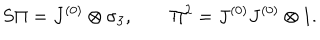
LaTeX: S \Pi = J ^ { ( 0 ) } \otimes \sigma _ { 3 } , \qquad \Pi ^ { 2 } = J ^ { ( 0 ) } J ^ { ( 0 ) } \otimes 1 .